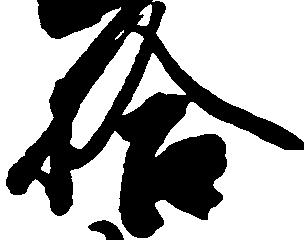
拾